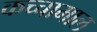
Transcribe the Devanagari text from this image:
कच्‍चामाल